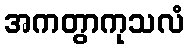
အကတွာကုသလံ